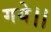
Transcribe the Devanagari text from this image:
गये।।